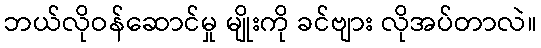
ဘယ်လိုဝန်ဆောင်မှု မျိုးကို ခင်ဗျား လိုအပ်တာလဲ။